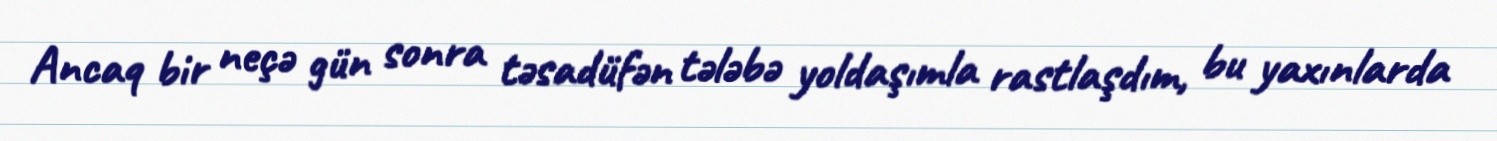
Ancaq bir neçə gün sonra təsadüfən tələbə yoldaşımla rastlaşdım, bu yaxınlarda